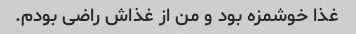
غذا خوشمزه بود و من از غذاش راضی بودم.